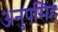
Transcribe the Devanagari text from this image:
अनुपसिंह